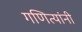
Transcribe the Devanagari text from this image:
गणित्यांनी